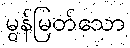
မွန်မြတ်သော